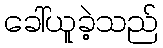
ခေါ်ယူခဲ့သည်